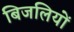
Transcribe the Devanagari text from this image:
बिजलियों